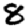
Digit: 8